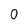
Character: o